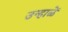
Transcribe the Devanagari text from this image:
उन्हाळें